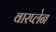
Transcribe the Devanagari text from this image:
वारप्लेन